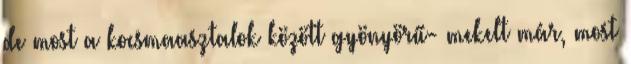
de most a kocsmaasztalok között gyönyörű- mekelt már, most